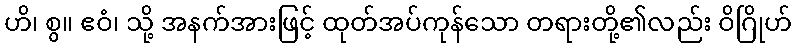
ဟိ၊ စွ။ ဧဝံ၊ သို့ အနက်အားဖြင့် ထုတ်အပ်ကုန်သော တရားတို့၏လည်း ဝိဂြိုဟ်